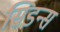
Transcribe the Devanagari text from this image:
सिडन्स